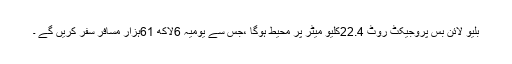
بلیو لائن بس پروجیکٹ روٹ 22.4کلیو میٹر پر محیط ہوگا ،جس سے یومیہ 6لاکھ 61ہزار مسافر سفر کریں گے ۔